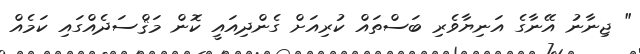
" ޖިނާނު އޭނާގެ އަނިޔާވެރި ބަސްތައް ކުރިއަށް ގެންދިއައީ ކޮން މަޤްސަދެއްގައި ކަމެއް